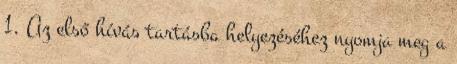
1. Az első hívás tartásba helyezéséhez nyomja meg a